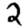
Digit: 2